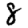
Digit: 8